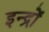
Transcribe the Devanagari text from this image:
इन्द्रों